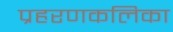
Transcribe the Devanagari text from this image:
प्रहरणकलिका